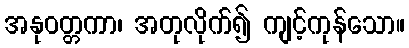
အနုဝတ္တကာ၊ အတုလိုက်၍ ကျင့်ကုန်သော။